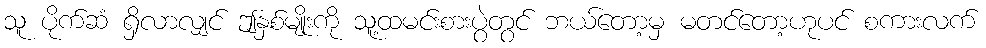
သူ ပိုက်ဆံ ရှိလာလျှင် ဤနှစ်မျိုးကို သူ့ထမင်းစားပွဲတွင် ဘယ်တော့မှ မတင်တော့ဟုပင် စကားလက်